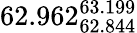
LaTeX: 62.962_{62.844}^{63.199}